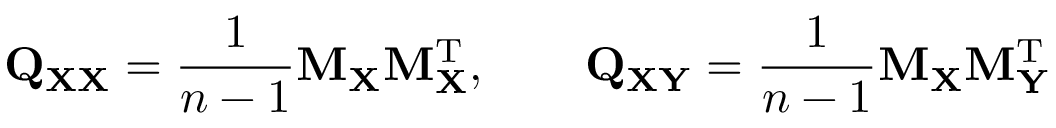
\mathbf { Q } _ { \mathbf { X X } } = { \frac { 1 } { n - 1 } } \mathbf { M } _ { \mathbf { X } } \mathbf { M } _ { \mathbf { X } } ^ { \mathrm { { T } } } , \qquad \mathbf { Q } _ { \mathbf { X Y } } = { \frac { 1 } { n - 1 } } \mathbf { M } _ { \mathbf { X } } \mathbf { M } _ { \mathbf { Y } } ^ { \mathrm { { T } } }